Report of the King Institute of Preventive Medicine, Guindy
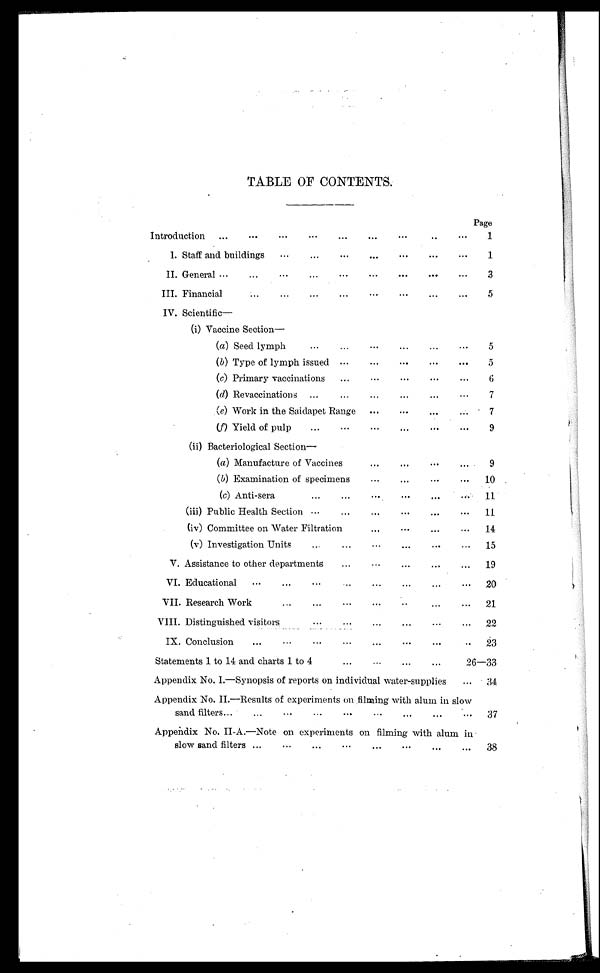
TABLE OF CONTENTS.
Page
I n t r o d u c t i o n . . .
1
I. Staff and buildings . . .
1
II. General . . .
3
I I I . F i n a n c i a l . . .
5
IV. Scientific
—
( i ) V a c c i n e S e c t i o n —
( a) Seed lymph . . .
5
( b) Type of lymph issued . . .
5
( c) Primary vaccinations . . .
6
(d) Revaccinations . . .
7
(e) Work in the Saidapet Range . . .
7
(f) Yield of pulp . . .
9
( i i ) B a c t e r i o l o g i c a l S e c t i o n —
( a ) Manufacture of Vaccines . . .
9
( b) Examination of specimens . . .
10
(c) Anti-sera . . .
11
(iii) Public Health Section . . .
11
(iv) Committee on Water Filtration . . .
14
(v) Investigation Units . . .
15
V. Assistance to other departments . . .
19
VI. Educational . . .
20
V I I .
R e s e a r c h W o r k . . .
21
VIII. Distinguished visitors . . .
22
•••
IX. Conclusion . . .
23
Statements 1 to 14 and charts 1 to 4
.
.
.
26—33
Appendix No. I.—Synopsis of reports on individual water-supplies . . .
34
Appendix No. II.—Results of experiments on filming with alum in slow
sand
filters
.
.
.
37
Appendix No. II-A.—Note on experiments on filming with alum in
slow sand filters . . .
38